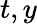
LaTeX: t,y